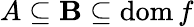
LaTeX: A\subseteq\mathbf{B}\subseteq\operatorname{dom}f